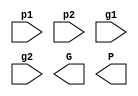
module black_cell(p1, p2, g1, g2, G, P);
input  p1, p2, g1, g2;
output G, P;

// put your design here

endmodule